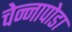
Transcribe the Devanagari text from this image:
चेन्‍नापोडा